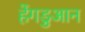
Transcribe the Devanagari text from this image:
हेंगडुआन